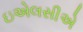
ઇએલસીએ